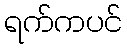
ရက်ကပင်